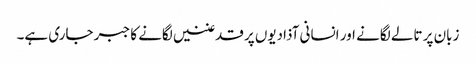
زبان پر تالے لگانے اور انسانی آذادیوں پر قدغنیں لگانے کا جبر جاری ہے۔